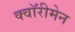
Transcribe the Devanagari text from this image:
क्वॉरीमेन